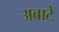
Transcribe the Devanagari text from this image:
अबाटे